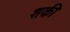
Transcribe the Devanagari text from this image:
शकी